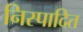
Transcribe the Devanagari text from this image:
निस्पादित